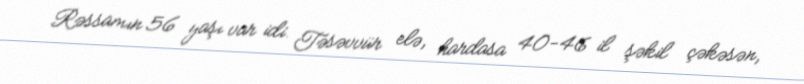
Rəssamın 56 yaşı var idi. Təsəvvür elə, hardasa 40-46 il şəkil çəkəsən,